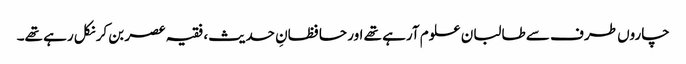
چاروں طرف سے طالبان علوم آرہے تھے اور حافظانِ حدیث، فقیہ عصر بن کر نکل رہے تھے۔